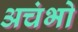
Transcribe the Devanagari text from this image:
अचंभो